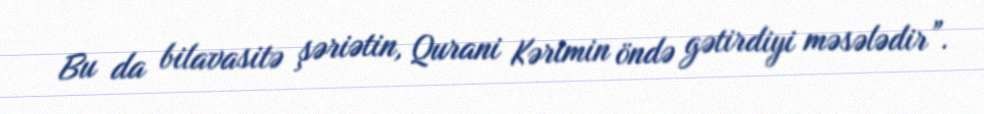
Bu da bilavasitə şəriətin, Qurani Kərimin öndə gətirdiyi məsələdir”.